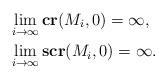
LaTeX: \begin{align*} &\lim_{i \to \infty} \mathbf{cr}(M_i, 0)=\infty, \\ &\lim_{i \to \infty} \mathbf{scr}(M_i, 0)=\infty. \end{align*}